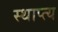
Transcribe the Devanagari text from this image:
स्थाप्त्य